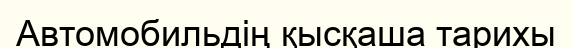
Автомобильдің қысқаша тарихы